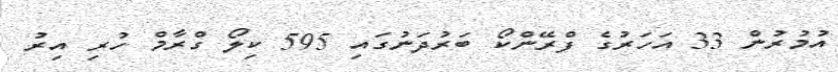
އުމުރުން 33 އަހަރުގެ ފްރޭންކޯ ބަރުދަނުގައި 595 ކިލޯ ގްރާމް ހުރި އިރު